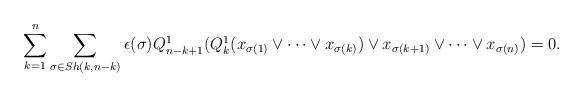
LaTeX: \begin{align*} \sum_{k=1}^n \sum_{\sigma\in Sh(k,n-k)} \epsilon(\sigma) Q_{n-k+1}^1(Q_k^1(x_{\sigma(1)}\vee\cdots\vee x_{\sigma(k)})\vee x_{\sigma(k+1)}\vee \dots \vee x_{\sigma(n)})=0.\end{align*}